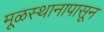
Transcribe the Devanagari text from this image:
मूळस्थानापासून